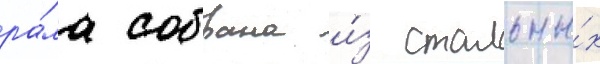
ра́ма собрана и́з стальны́х